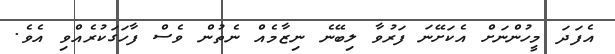
އެފަދަ މީހުންނަށް އެކަށޭނަ ފަރުވާ ލިބޭނެ ނިޒާމެއް ނެތުން ވެސް ފާހަގަކުރެއްވި އެވެ.